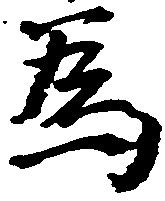
為